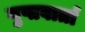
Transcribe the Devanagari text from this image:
गुप्तवार्ता